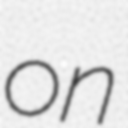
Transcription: on